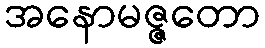
အနောမဇ္ဇတော